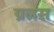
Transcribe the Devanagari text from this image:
ग्रलस